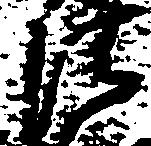
法